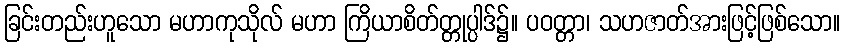
ခြင်းတည်းဟူသော မဟာကုသိုလ် မဟာ ကြိယာစိတ်တ္တုပ္ပါဒ်၌။ ပဝတ္တာ၊ သဟဇာတ်အားဖြင့်ဖြစ်သော။